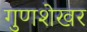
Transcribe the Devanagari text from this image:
गुणशेखर